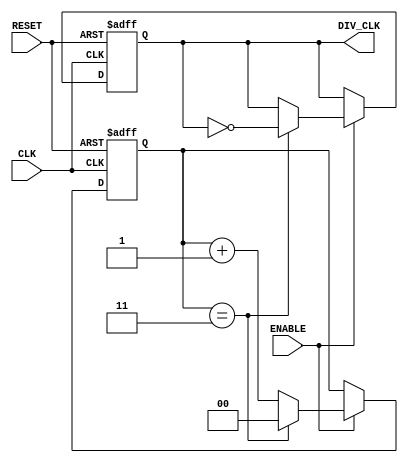
module frequency_divider #(
    parameter M = 4  // Division factor (must be > 1)
) (
    input wire CLK,          // Primary clock input
    input wire RESET,        // Asynchronous reset input
    input wire ENABLE,       // Enable input for the counter
    output reg DIV_CLK       // Divided clock output
);

    localparam COUNTER_WIDTH = $clog2(M); // Calculate required counter width based on M
    
    reg [COUNTER_WIDTH-1:0] counter; // Counter to track clock pulses

    // Asynchronous reset and enable logic
    always @(posedge CLK or posedge RESET) begin
        if (RESET) begin
            counter <= 0;            // Reset counter to 0
            DIV_CLK <= 0;           // Reset output clock
        end else if (ENABLE) begin
            if (counter == M-1) begin
                counter <= 0;        // Reset counter when it reaches M-1
                DIV_CLK <= ~DIV_CLK; // Toggle output clock
            end else begin
                counter <= counter + 1; // Increment counter
            end
        end
    end

endmodule